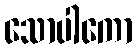
သောပါကော